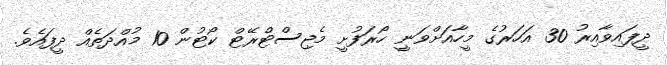
ދީފައިވާއިރު 30 އަހަރުގެ މީހާއަށްވަނީ ހޯރަފުށީ މެޖިސްޓްރޭޓް ކޯޓުން 10 މުއްދަތެއް ދީފައެވެ.